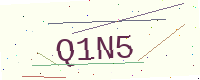
Text: Q1N5